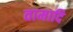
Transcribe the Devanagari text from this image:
वामादि